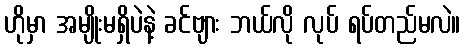
ဟိုမှာ အမျိုးမရှိပဲနဲ့ ခင်ဗျား ဘယ်လို လုပ် ရပ်တည်မလဲ။